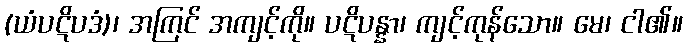
(ယံပဋိပဒံ)၊ အကြင် အကျင့်ကို။ ပဋိပန္နာ၊ ကျင့်ကုန်သော။ မေ၊ ငါ၏။